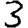
Digit: 3